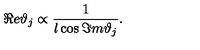
\Re e \vartheta _ { j } \propto \frac { 1 } { l \cos \Im m \vartheta _ { j } } .